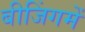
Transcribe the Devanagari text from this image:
बीजिंगमें